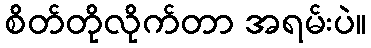
စိတ်တိုလိုက်တာ အရမ်းပဲ။